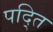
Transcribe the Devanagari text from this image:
पद्ति